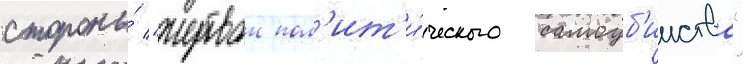
стороны́ "жертвои пол'ит'и́ческого самоуб'ииства"